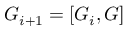
G _ { i + 1 } = [ G _ { i } , G ]